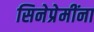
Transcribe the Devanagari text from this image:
सिनेप्रेमींना